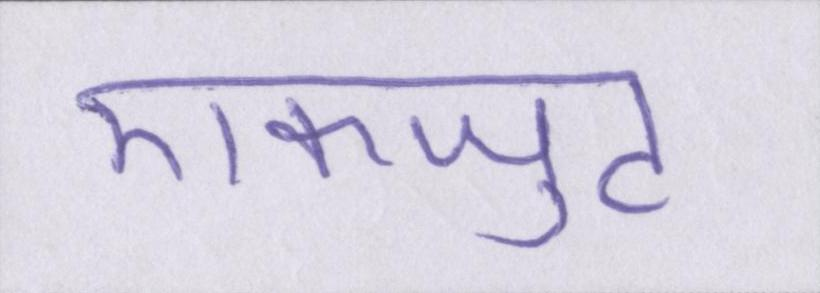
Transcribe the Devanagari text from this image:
एकजुट